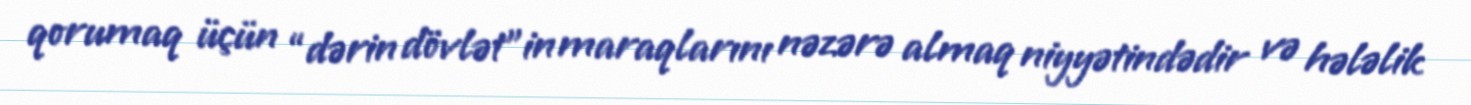
qorumaq üçün “dərin dövlət”in maraqlarını nəzərə almaq niyyətindədir və hələlik